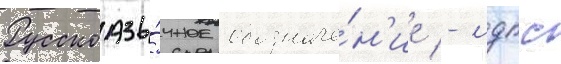
Русскоазы́чное обозначе́н'ие - лдпс